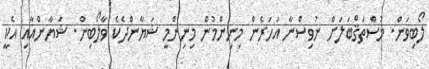
ލޯބިވަން. މުސްތަޤްބަލަށް ނުވިސްނާ އަހަރެން މިނިންމުން މިނިންމީ ޝަޔާންދެކެ ވާލޯބިން. ޝަޔާންއާއި އެކީ